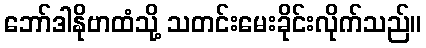
ဘော်ဒါနိုဗာထံသို့ သတင်းမေးခိုင်းလိုက်သည်။